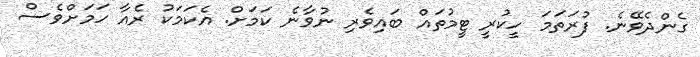
ގެންދެވޭނެ. ފުރަތަމަ ހީކުރީ ޓީމުތައް ބައިވެރި ނުވާނެ ކަމަށް. އެކަމަކު ރެއާ ހަމަށްވެސް